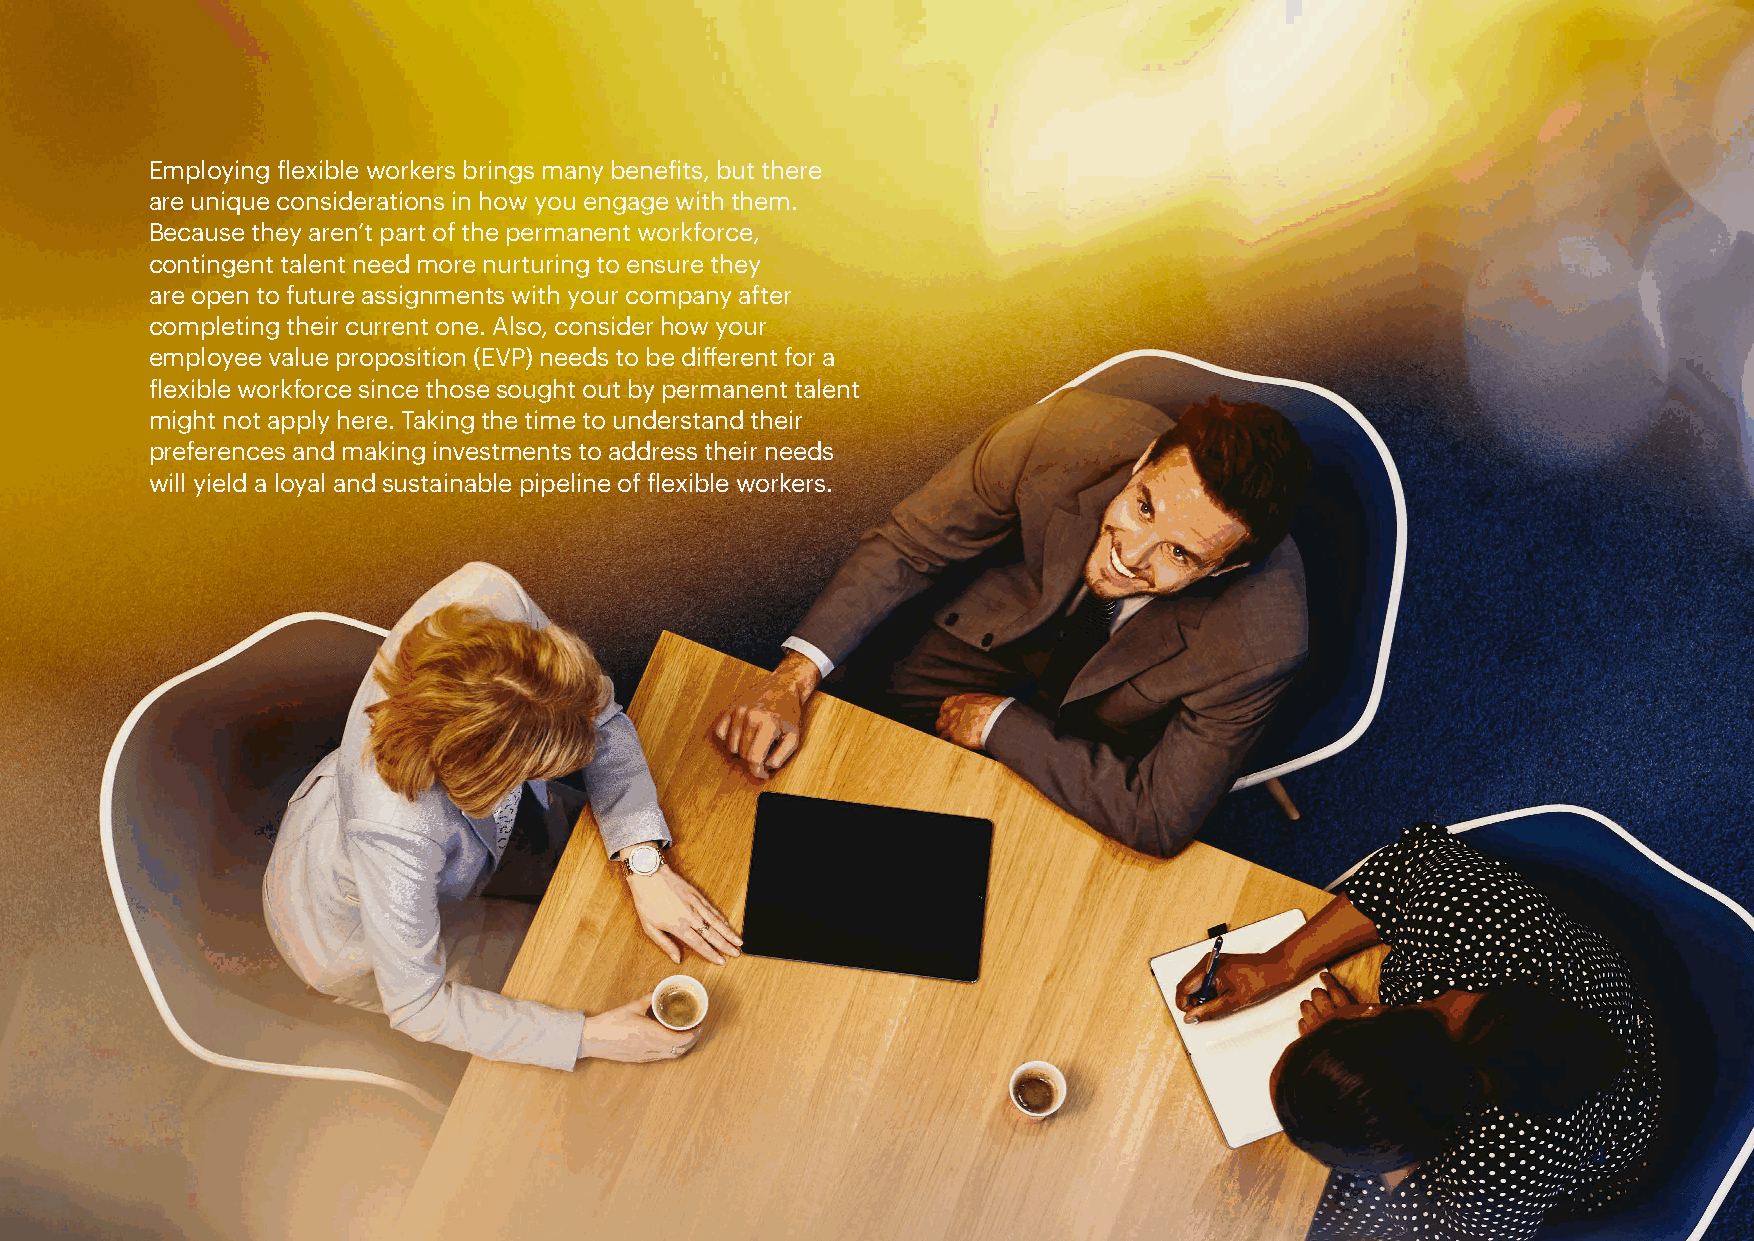
Employing flexible workers brings many benefits, but there
 are unique considerations in how you engage with them.
 Because they aren’t part of the permanent workforce,
 contingent talent need more nurturing to ensure they
 are open to future assignments with your company after
 completing their current one. Also, consider how your
 employee value proposition (EVP) needs to be different for a
 flexible workforce since those sought out by permanent talent
 might not apply here. Taking the time to understand their
 preferences and making investments to address their needs
 will yield a loyal and sustainable pipeline of flexible workers.
 4